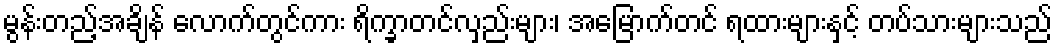
မွန်းတည့်အချိန် လောက်တွင်ကား ရိက္ခာတင်လှည်းများ၊ အမြောက်တင် ရထားများနှင့် တပ်သားများသည်